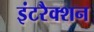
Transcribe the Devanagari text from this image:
इंटरैक्शन